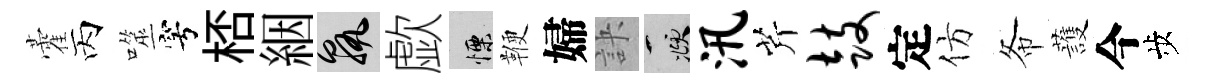
藿丙噬穹桮絪孰歔慄鞭婦訣頫汛芹鼓定仿𢁙䕶今歩